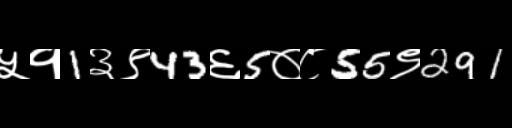
Text: ५१1३९43६5०८55९291